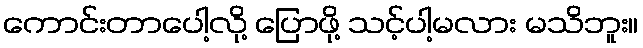
ကောင်းတာပေါ့လို့ ပြောဖို့ သင့်ပါ့မလား မသိဘူး။